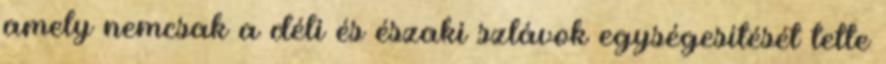
amely nemcsak a déli és északi szlávok egységesítését tette